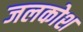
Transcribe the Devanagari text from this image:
जलकोश